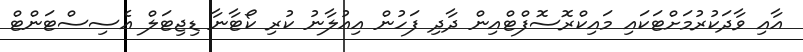
އާއި ވާދަކުރުމަށްޓަކައި މައިކްރޮސޮފްޓްއިން ދާދި ފަހުން އިއުލާނު ކުރި ކޯޓާނާ ޑިޖިޓަލް އެސިސްޓަންޓް